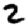
Digit: 2